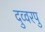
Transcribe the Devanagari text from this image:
दुव्वरपु